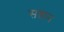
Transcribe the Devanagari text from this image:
सच्वान